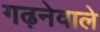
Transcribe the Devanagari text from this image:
गढ़नेवाले